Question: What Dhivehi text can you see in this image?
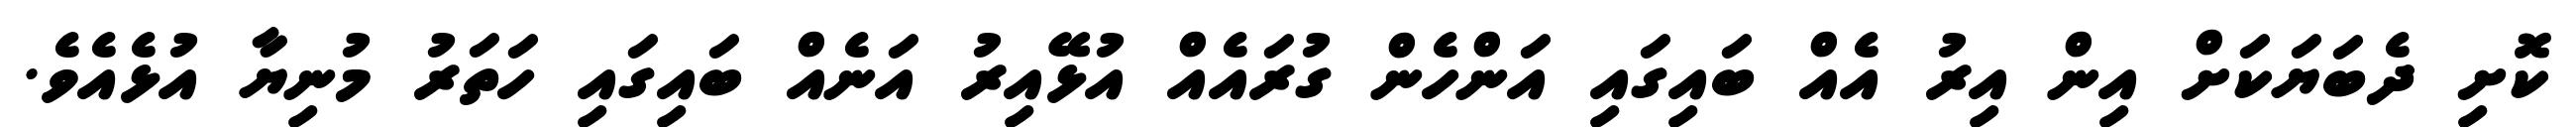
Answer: ކޮށި ދެބަޔަކަށް އިން އިރު އެއް ބައިގައި އަންހެން ގުރައެއް އުޅޭއިރު އަނެއް ބައިގައި ހަތަރު މުނިޔާ އުޅެއެވެ.